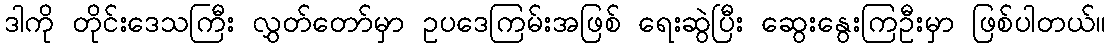
ဒါကို တိုင်းဒေသကြီး လွှတ်တော်မှာ ဥပဒေကြမ်းအဖြစ် ရေးဆွဲပြီး ဆွေးနွေးကြဦးမှာ ဖြစ်ပါတယ်။